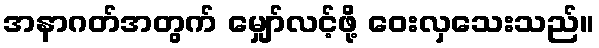
အနာဂတ်အတွက် မျှော်လင့်ဖို့ ဝေးလှသေးသည်။